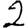
Digit: 2